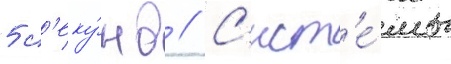
5 с'еку́нд // С'ист'е́мы